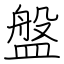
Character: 盤